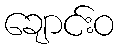
ချောင်းဝ